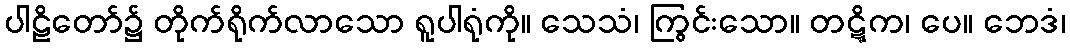
ပါဠိတော်၌ တိုက်ရိုက်လာသော ရူပါရုံကို။ သေသံ၊ ကြွင်းသော။ တဋ္ဋိက၊ ပေ။ ဘေဒံ၊